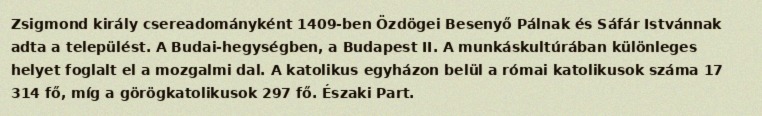
Zsigmond király csereadományként 1409-ben Özdögei Besenyő Pálnak és Sáfár Istvánnak adta a települést. A Budai-hegységben, a Budapest II. A munkáskultúrában különleges helyet foglalt el a mozgalmi dal. A katolikus egyházon belül a római katolikusok száma 17 314 fő, míg a görögkatolikusok 297 fő. Északi Part.